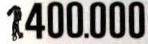
1.400.000